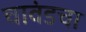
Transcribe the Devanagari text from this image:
चावंडचा